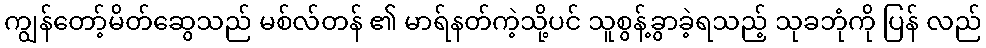
ကျွန်တော့်မိတ်ဆွေသည် မစ်လ်တန် ၏ မာရ်နတ်ကဲ့သို့ပင် သူစွန့်ခွာခဲ့ရသည့် သုခဘုံကို ပြန် လည်